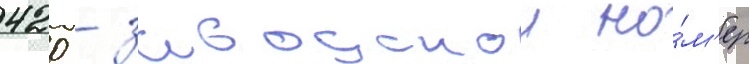
420 - заводскои но́м'ер